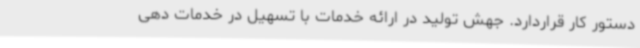
دستور کار قراردارد. جهش تولید در ارائه خدمات با تسهیل در خدمات دهی